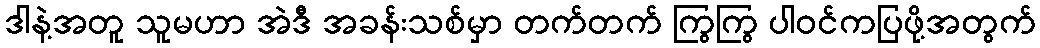
ဒါနဲ့အတူ သူမဟာ အဲဒီ အခန်းသစ်မှာ တက်တက် ကြွကြွ ပါဝင်ကပြဖို့အတွက်